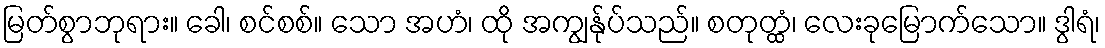
မြတ်စွာဘုရား။ ခေါ၊ စင်စစ်။ သော အဟံ၊ ထို အကျွန်ုပ်သည်။ စတုတ္ထံ၊ လေးခုမြောက်သော။ ဒွါရံ၊